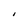
Character: I